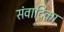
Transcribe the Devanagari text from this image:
संवादिका